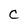
Character: C